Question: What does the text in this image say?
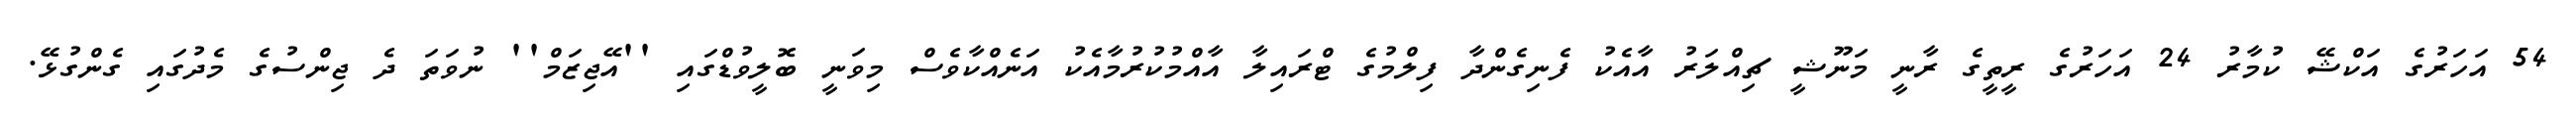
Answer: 54 އަހަރުގެ އަކްޝޭ ކުމާރު 24 އަހަރުގެ ރީތީގެ ރާނީ މަނޫޝީ ޗިއްލަރު އާއެކު ފެނިގެންދާ ފިލްމުގެ ޓްރައިލާ އާއްމުކުރުމާއެކު އަނެއްކާވެސް މިވަނީ ބޮލީވުޑްގައި ''އޭޖިޒަމް'' ނުވަތަ ދެ ޖިންސުގެ މެދުގައި ގެންގުޅޭ.